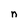
Character: n